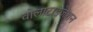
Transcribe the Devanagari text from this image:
वोलाटाइजेशन